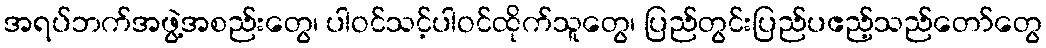
အရပ်ဘက်အဖွဲ့အစည်းတွေ၊ ပါဝင်သင့်ပါဝင်ထိုက်သူတွေ၊ ပြည်တွင်းပြည်ပဧည့်သည်တော်တွေ